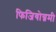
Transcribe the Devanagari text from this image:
फिजियोग्नमी